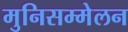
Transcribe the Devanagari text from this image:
मुनिसम्मेलन